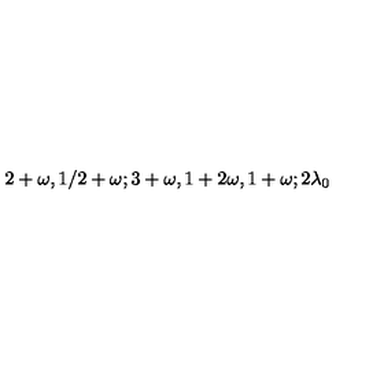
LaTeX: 2 + \omega , 1 / 2 + \omega ; 3 + \omega , 1 + 2 \omega , 1 + \omega ; 2 \lambda _ { 0 }